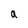
Character: a